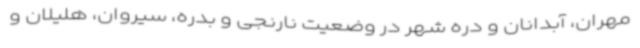
مهران، آبدانان و دره ‌شهر در وضعیت نارنجی و بدره، سیروان، هلیلان و